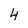
Character: 4